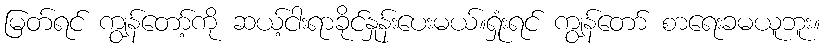
မြတ်ရင် ကျွန်တော့်ကို ဆယ့်ငါးရာခိုင်နှုန်းပေးမယ်။ရှုံးရင် ကျွန်တော် စာရေးခမယူဘူး။